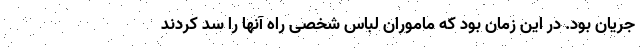
جریان بود. در این زمان بود که ماموران لباس شخصی راه آنها را سد کردند